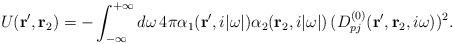
LaTeX: \begin{align*}U({\bf r}^\prime , {\bf r}_2) =- \int_{-\infty}^{+\infty} d\omega \, 4\pi \alpha_1 ({\bf r}^\prime, i |\omega|)\alpha_2 ({\bf r}_2, i |\omega|) \,(D_{pj}^{(0)} ({\bf r}^\prime , {\bf r}_2 , i \omega))^2 . \end{align*}